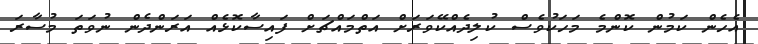
އެހެން ކަމުން ކޮންމެ މަހަކުވެސް ކުލިދެއްކޭވަރަށް އަތްމައްޗަށް ފައިސާކޮޅެއް އަރަންދެން ނުވަތަ މުސާރަ